Leaving Certificate, 1900
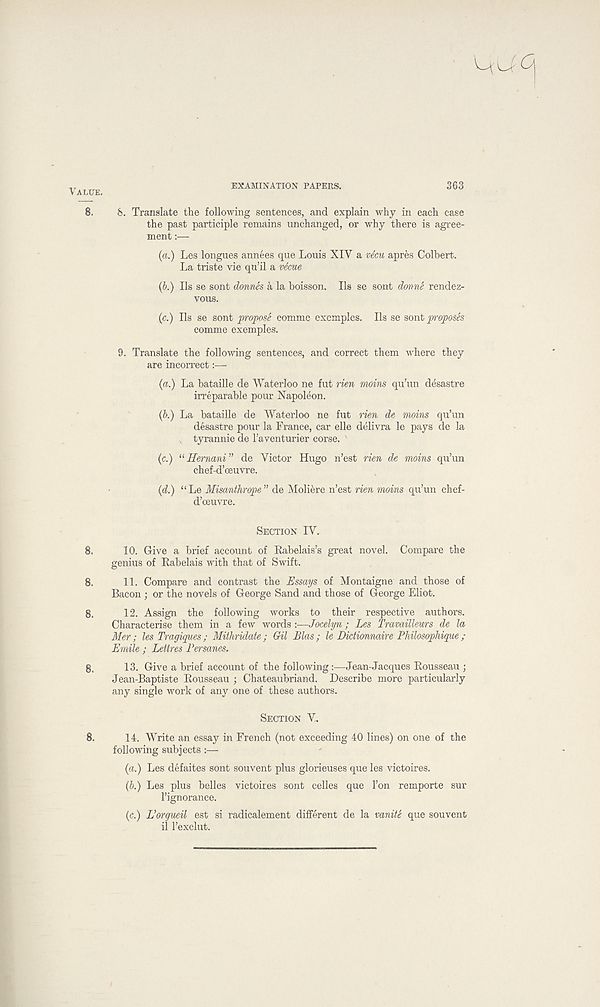
VALUE.
8.
EXAMINATION PAPERS.
363
8. Translate the following sentences, and explain why in each case
the past participle remains unchanged, or why there is agree-
ment :—
(a.) Les longues annees que Louis XIV a vecu apres Colbert.
La triste vie qu’il a vScue
(b.) Ils se sont donnes a la boisson. Ils se sont donne rendez-
vous.
(c.) Ils se sont propose comme exemples. Ils se sont proposes
comme exemples.
9. Translate the following sentences, and correct them where they
are incorrect:—
(a.) La bataille de Waterloo ne fut rien moins qu’un desastre
irreparable pour Napoleon.
(b.) La bataille de Waterloo ne fut rien de moins qu’un
desastre pour la France, car elle delivra le pays de la
tyrannic de 1’aventurier corse. '
(c.) “Hernani” de Victor Hugo n’est rien de moins qu’un
chef-d’oeuvre.
{d.) “Le Misanthrope” de Moliere n’est rien moins qu’un chef-
d’oeuvre.
SECTION IV.
8.
10. Give a brief account of Rabelais’s great novel. Compare the
genius of Rabelais with that of Swift.
8.
11. Compare and contrast the Essays of Montaigne and those of
Bacon ; or the novels of George Sand and those of George Eliot.
8.
12. Assign the following works to their respective authors.
Characterise them in a few words :—Jocelyn; Les Travaillews de la
Mer ; les Tragiques ; Mithridate ; Gil Bias; le Dictionnaire Philosophique ;
Emile ; Lettres Bersanes.
8.
13. Give a brief account of the following:—Jean-Jacques Rousseau ;
Jean-Baptiste Rousseau ; Chateaubriand. Describe more particularly
any single work of any one of these authors.
SECTION V.
8.
14. Write an essay in French (not exceeding 40 lines) on one of the
following subjects:—
(a.) Les defaites sont souvent plus glorieuses que les victoires.
(b.) Les plus belles victoires sont celles que 1’on remporte sur
1’ignorance.
(c.) L’orgueil est si radicalement different de la vanite que souvent
il 1’exelut.